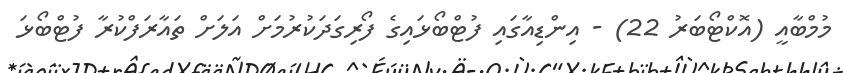
މުމްބާއީ (އޮކްޓޯބަރު 22) - އިންޑިއާގައި ފުޓްބޯޅައިގެ ފޯރިގަދަކުރުމަށް އަލަށް ތައާރަފްކުރާ ފުޓްބޯޅަ